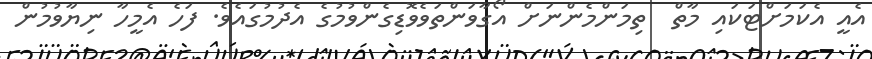
އެއީ އެކަމަށްޓަކައި މާތް  ތިމަންމެންނަށް އޯގާވަންތަވެވޮޑިގެންވުމުގެ އެދުމުގައެވެ. ފަހެ އެމީހާ ނިޔާވުމުން